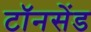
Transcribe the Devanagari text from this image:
टॉनसेंड